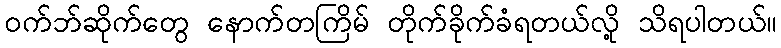
ဝက်ဘ်ဆိုက်တွေ နောက်တကြိမ် တိုက်ခိုက်ခံရတယ်လို့ သိရပါတယ်။